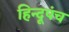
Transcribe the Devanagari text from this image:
हिन्दूपंच